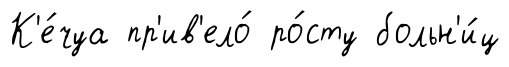
К'е́чуа пр'ив'ело́ ро́сту больн'и́ц